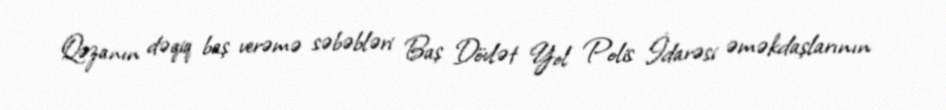
Qəzanın dəqiq baş verəmə səbəbləri Baş Dövlət Yol Polis İdarəsi əməkdaşlarının